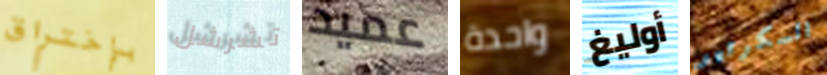
بإختراق تشرشل عميد واحدة أوليغ السكرتير